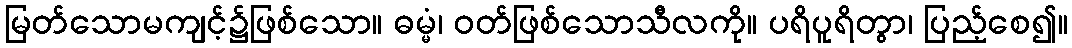
မြတ်သောမကျင့်၌ဖြစ်သော။ ဓမ္မံ၊ ဝတ်ဖြစ်သောသီလကို။ ပရိပူရိတွာ၊ ပြည့်စေ၍။